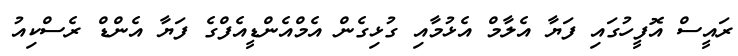
ރައީސް އޮފީހުގައި ފަޔާ އެލާމް އެޅުމާއި ގުޅިގެން އެމްއެންޑީއެފްގެ ފަޔާ އެންޑް ރެސްކިއު